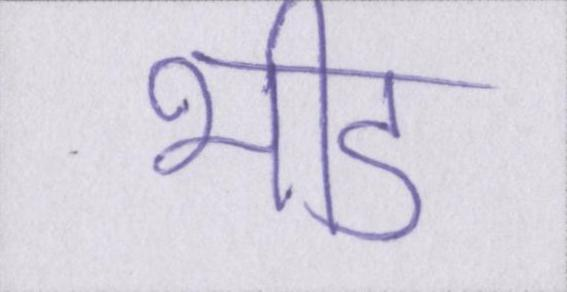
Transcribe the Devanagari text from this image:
भीड